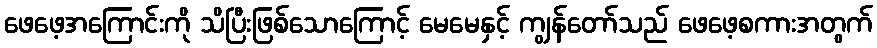
ဖေဖေ့အကြောင်းကို သိပြီးဖြစ်သောကြောင့် မေမေနှင့် ကျွန်တော်သည် ဖေဖေ့စကားအတွက်